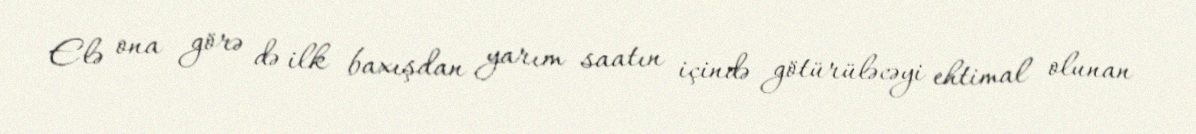
Elə ona görə də ilk baxışdan yarım saatın içində götürüləcəyi ehtimal olunan